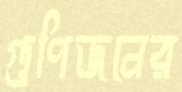
গুণিজনের